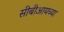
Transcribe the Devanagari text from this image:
सीबीआयच्या